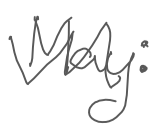
Text: May:
Cross-out: zig-zag
Writing tool: digital_gray